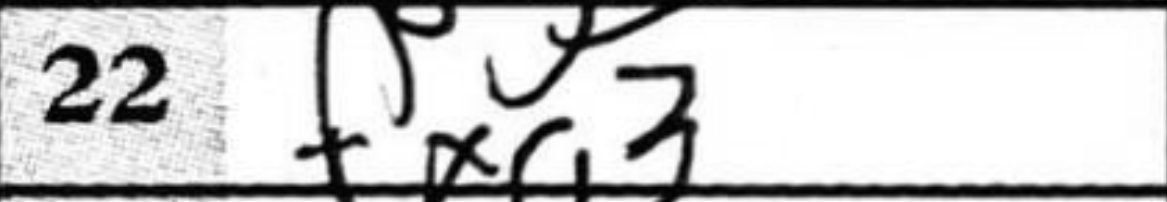
Transcription: fxg3